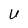
Character: U